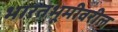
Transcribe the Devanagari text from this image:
भारतभूमीवरील